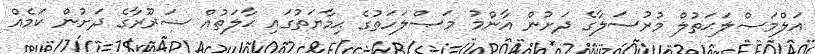
އަލްމަޞްލަޙަތުލް މުރުސަލާގެ ދަށުން އާންމު މަޞްލަހަތުގެ ޙިމާޔަތުގައި ޙާލަތުއް ޟަރޫރާގެ ދަށުން ކަމެއް